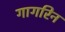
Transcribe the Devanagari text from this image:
गागरिन